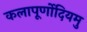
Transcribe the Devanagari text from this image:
कलापूर्णोदियमु